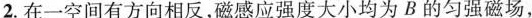
2.在一空间有方向相反，磁感应强度大小均为B的匀强磁场，